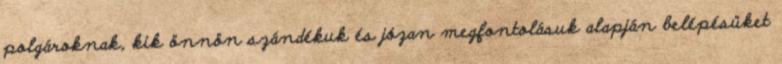
polgároknak, kik önnön szándékuk és józan megfontolásuk alapján belépésüket